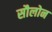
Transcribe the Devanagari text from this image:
सौलोन